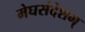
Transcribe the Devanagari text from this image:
मेघसंदेशम्